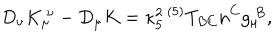
D _ { \nu } K _ { \mu } ^ { ~ \nu } - D _ { \mu } K = \kappa _ { 5 } ^ { 2 } \, { } ^ { ( 5 ) } T _ { B C } n ^ { C } g _ { \mu } ^ { ~ B } ,